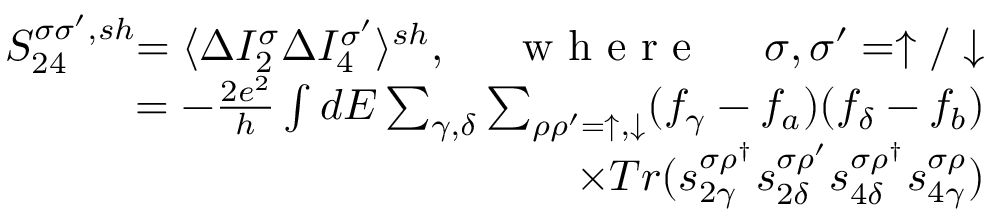
\begin{array} { r } { { S _ { 2 4 } ^ { \sigma \sigma ^ { \prime } , s h } } { = \langle \Delta I _ { 2 } ^ { \sigma } \Delta I _ { 4 } ^ { \sigma ^ { \prime } } \rangle ^ { s h } } , \quad \mathrm { ~ { ~ w ~ h ~ e ~ r ~ e ~ } ~ } \quad { \sigma , \sigma ^ { \prime } = \uparrow / \downarrow } } \\ { { = - \frac { 2 e ^ { 2 } } { h } \int d E \sum _ { \gamma , \delta } \sum _ { \rho \rho ^ { \prime } = \uparrow , \downarrow } ( f _ { \gamma } - f _ { a } ) ( f _ { \delta } - f _ { b } ) } } \\ { { \times T r ( s _ { 2 \gamma } ^ { \sigma \rho ^ { \dagger } } s _ { 2 \delta } ^ { \sigma \rho ^ { \prime } } s _ { 4 \delta } ^ { \sigma \rho ^ { \dagger } } s _ { 4 \gamma } ^ { \sigma \rho } ) } } \end{array}